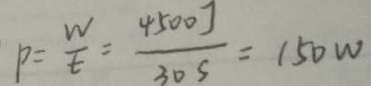
p = \frac { w } { t } = \frac { 4 5 0 0 J } { 3 0 s } = 1 5 0 W